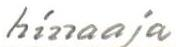
hinaaja